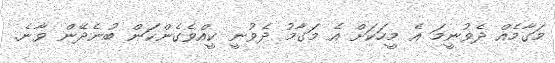
މަގާމެއް ދެވުނީމަ އެ މީހަކަށް އެ މަގާމު ދެވުނީ ކީއްވެގެންކަން ބުނެދޭން ވާނެ.